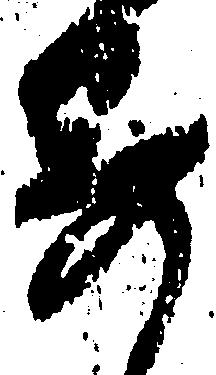
寄